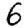
Digit: 6